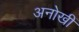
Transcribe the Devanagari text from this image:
अनोखीं